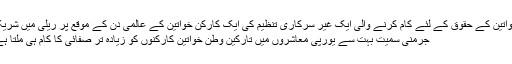
خواتین کے حقوق کے لئے کام کرنے والی ایک غیر سرکاری تنظیم کی ایک کارکن خواتین کے عالمی دن کے موقع پر ریلی میں شریک
جرمنی سمیت بہت سے یورپی معاشروں میں تارکین وطن خواتین کارکنوں کو زیادہ تر صفائی کا کام ہی ملتا ہے۔